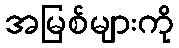
အမြစ်များကို